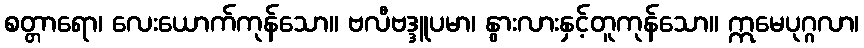
စတ္တာရော၊ လေးယောက်ကုန်သော။ ဗလီဗဒ္ဒူပမာ၊ နွားလားနှင့်တူကုန်သော။ ဣမေပုဂ္ဂလာ၊